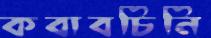
কবাবচিনি